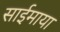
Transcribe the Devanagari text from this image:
साईमाया